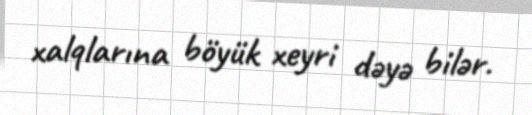
xalqlarına böyük xeyri dəyə bilər.